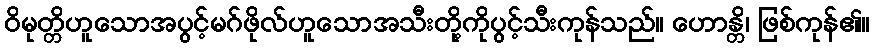
ဝိမုတ္တိဟူသောအပွင့်မဂ်ဖိုလ်ဟူသောအသီးတို့ကိုပွင့်သီးကုန်သည်။ ဟောန္တိ၊ ဖြစ်ကုန်၏။